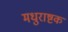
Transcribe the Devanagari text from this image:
मधुराष्टक